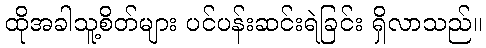
ထိုအခါသူ့စိတ်များ ပင်ပန်းဆင်းရဲခြင်း ရှိလာသည်။